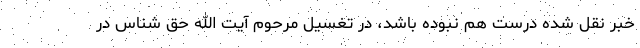
خبر نقل شده درست هم نبوده باشد، در تغسیل مرحوم آیت الله حق شناس در